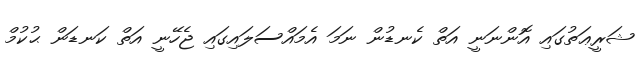
ޝަރީޢަތުގައި އޮންނަނީ އަތް ކެނޑުން ނަމަ އެމައްސަލައިގައި ޖެހޭނީ އަތް ކަނޑަން ޙުކުމް